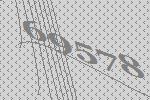
69578